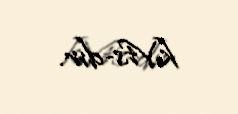
kVts-dır.